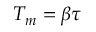
T _ { m } = \beta \tau